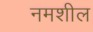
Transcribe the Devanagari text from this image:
नमशील